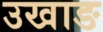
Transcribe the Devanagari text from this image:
उखाङ